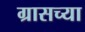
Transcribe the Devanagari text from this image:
ग्रासच्या